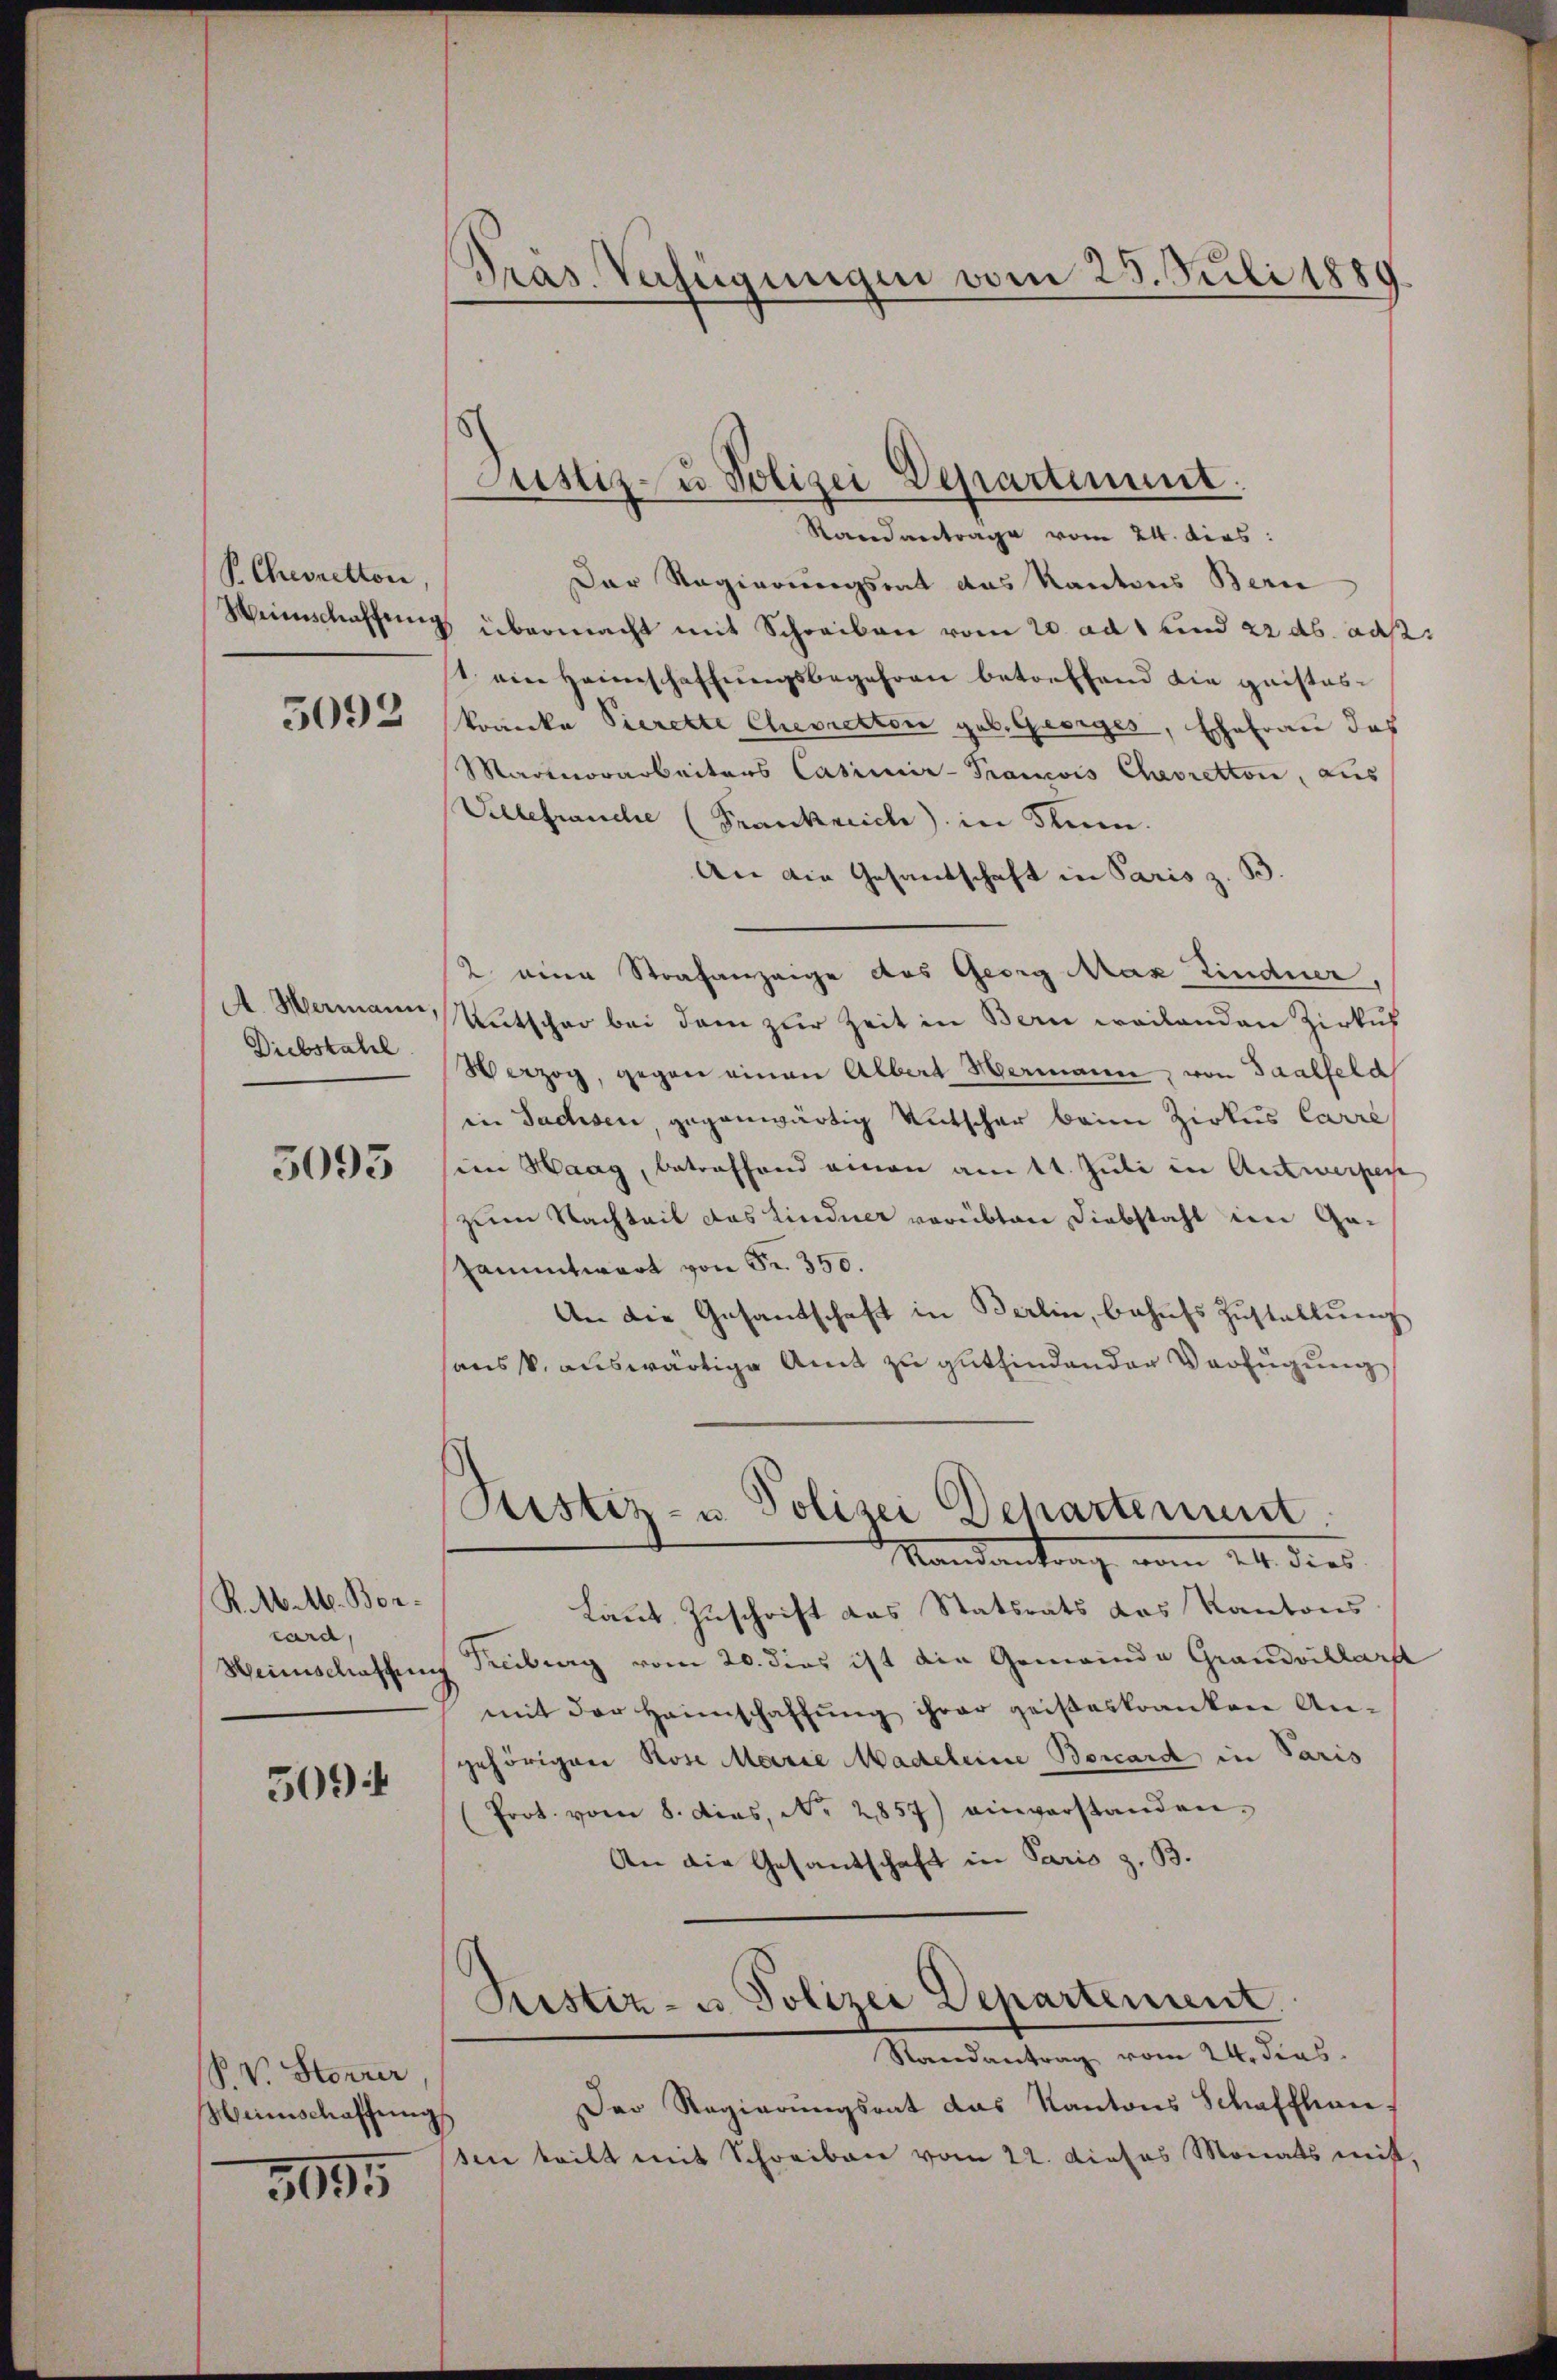
P. Cheoretton

5092

A. Hermann,
Diebstahl

3093

R. M. M. Boncard,
Heinschaffung

509

P. V. Storrer
Weinschaffung

3995

Präs. Verfügungen vom 25. Juli 1889

Randantrage vom 24. dies:
Der Regierungsrat das Kantons Bern
Weinschaffung übermacht mit Schreiben vom 20. ad 1 und 22 ds. daß
st ein Heimschaffŭngsbegehren betreffend die geisteskranke Vierette Chevretton geb. Georges, Ehefrau das
Martnorarbeiters Casimir-Francois Cheoretton, aus
Vebefranche (Frankreich in Stum.
An die Gesandschaft in Paris z. B.
2 eine Strafanzeige des Georg Max Lindner,
Untscher bei dem zur Zeit in Bern weilenden Zirkul
Verzog, gegen einen Albert Hermann, von Saalfeld
in Sachsen, gegenwärtig entscher beim Zirkus Carré
in Haag, betreffend einen am 14. Juli in Antwerpe
zum Nachteil das Lindner verübten Diebstahl im Ga-
sammtwart von Fr. 350.
An die Gesandschaft in Berlin, behufs Zustallung
sans k. auswärtige Amt zu gutfindenden Verfügung
Pustiz- u. Polizei Dehartement.
Mandantrag vom 24. dies
Laut Zuschrift das Statsrats das Kantons
Freibung vom 20. dies ist die Gemeinde Grandvillarst
mit der Haunschaffŭng ihrer geiβeskranken An-
gehörigen Rose Marie Madeleine Borcard in Paris
(Prot. vom 8. dies, No. 2857) einverstanden.
An die Gesandschaft in Paris z. B.
Ristiz- u. Polizei Departement.
Randantrag vom 24. dies
Der Regierungsrat das Kantons Schaffhausen teilt mit Schreiben vom 22. dieses Monats mit

Justiz- u Polizei Departement.